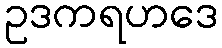
ဥဒကရဟဒေ